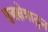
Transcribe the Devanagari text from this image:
युद्धक्षेत्रातुन